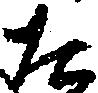
た